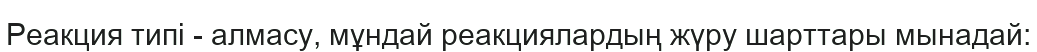
Реакция типі - алмасу, мұндай реакциялардың жүру шарттары мынадай: